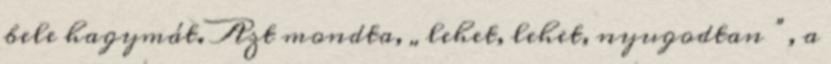
bele hagymát. Azt mondta, „lehet, lehet, nyugodtan ”, a